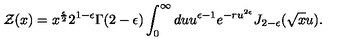
{ \cal Z } ( x ) = x ^ { \frac { \epsilon } { 2 } } 2 ^ { 1 - \epsilon } \Gamma ( 2 - \epsilon ) \int _ { 0 } ^ { \infty } d u u ^ { \epsilon - 1 } e ^ { - r u ^ { 2 \epsilon } } J _ { 2 - \epsilon } ( { \sqrt x } u ) .